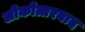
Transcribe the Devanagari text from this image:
लोकोत्तरवाद